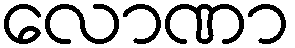
လောဏာ